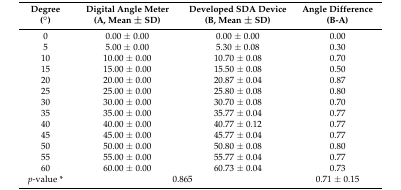
<table><thead><tr><td><b>Degree (°)</b></td><td><b>Digital Angle Meter (A, Mean ± SD)</b></td><td><b>Developed SDA Device (B, Mean ± SD)</b></td><td><b>Angle Difference (B-A)</b></td></tr></thead><tbody><tr><td>0</td><td>0.00 ± 0.00</td><td>0.00 ± 0.00</td><td>0.00</td></tr><tr><td>5</td><td>5.00 ± 0.00</td><td>5.30 ± 0.08</td><td>0.30</td></tr><tr><td>10</td><td>10.00 ± 0.00</td><td>10.70 ± 0.08</td><td>0.70</td></tr><tr><td>15</td><td>15.00 ± 0.00</td><td>15.50 ± 0.08</td><td>0.50</td></tr><tr><td>20</td><td>20.00 ± 0.00</td><td>20.87 ± 0.04</td><td>0.87</td></tr><tr><td>25</td><td>25.00 ± 0.00</td><td>25.80 ± 0.08</td><td>0.80</td></tr><tr><td>30</td><td>30.00 ± 0.00</td><td>30.70 ± 0.08</td><td>0.70</td></tr><tr><td>35</td><td>35.00 ± 0.00</td><td>35.77 ± 0.04</td><td>0.77</td></tr><tr><td>40</td><td>40.00 ± 0.00</td><td>40.77 ± 0.12</td><td>0.77</td></tr><tr><td>45</td><td>45.00 ± 0.00</td><td>45.77 ± 0.04</td><td>0.77</td></tr><tr><td>50</td><td>50.00 ± 0.00</td><td>50.80 ± 0.08</td><td>0.80</td></tr><tr><td>55</td><td>55.00 ± 0.00</td><td>55.77 ± 0.04</td><td>0.77</td></tr><tr><td>60</td><td>60.00 ± 0.00</td><td>60.73 ± 0.04</td><td>0.73</td></tr><tr><td><i>p</i>-value *</td><td colspan="2">0.865</td><td>0.71 ± 0.15</td></tr></tbody></table>